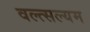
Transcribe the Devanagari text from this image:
वल्त्सल्यम